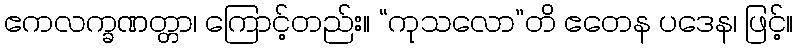
ဧကလက္ခဏတ္တာ၊ ကြောင့်တည်း။ “ကုသလော”တိ ဧတေန ပဒေန၊ ဖြင့်။